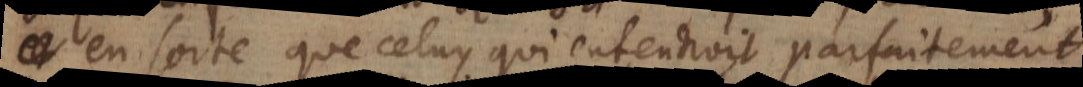
en sorte que celuy qui entendroit parfaitement